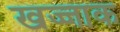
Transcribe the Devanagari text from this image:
खज्जाक